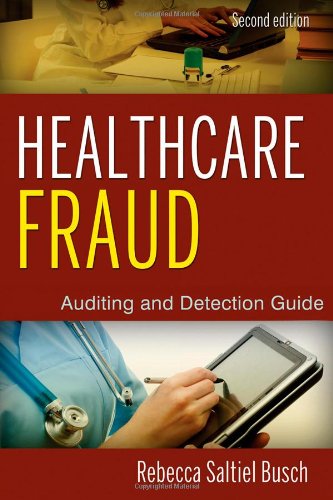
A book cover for Healthcare Fraud: Auditing and Detection Guide; Rebecca S. Busch; Business & Money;